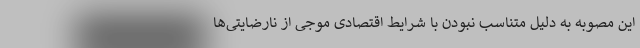
این مصوبه به دلیل متناسب نبودن با شرایط اقتصادی موجی از نارضایتی‌ها